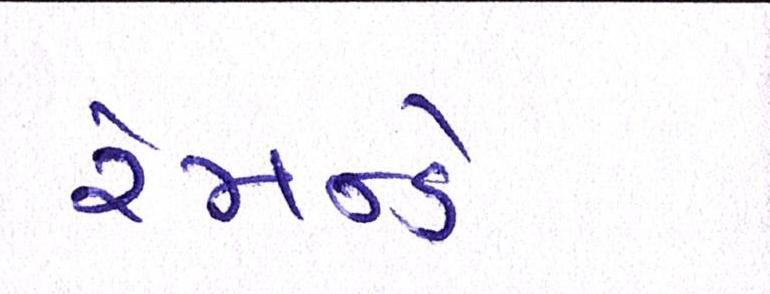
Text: રેમન્ડે